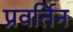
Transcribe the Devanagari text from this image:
प्रवर्तिन